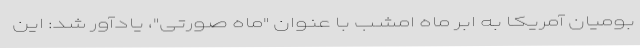
بومیان آمریکا به ابر ماه امشب با عنوان "ماه صورتی"، یادآور شد: این